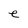
Character: e